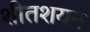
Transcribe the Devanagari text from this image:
शीतशयन